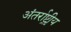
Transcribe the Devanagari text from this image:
अंतर्राष्ट्रीृय